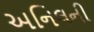
અનિલની